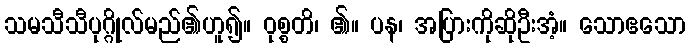
သမသီသီပုဂ္ဂိုလ်မည်၏ဟူ၍။ ဝုစ္စတိ၊ ၏။ ပန၊ အပြားကိုဆိုဦးအံ့။ သောဧသော